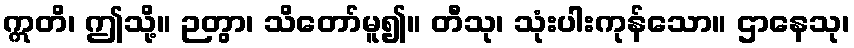
ဣတိ၊ ဤသို့။ ဉတွာ၊ သိတော်မူ၍။ တီသု၊ သုံးပါးကုန်သော။ ဌာနေသု၊